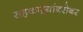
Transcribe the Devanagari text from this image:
सहकाऱ्यांबरोबर